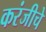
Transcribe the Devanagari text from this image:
करंजीचे